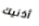
أذنيك